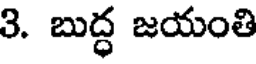
3. బుద్ధ జయంతి